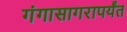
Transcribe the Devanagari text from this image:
गंगासागरापर्यंत